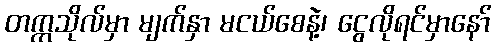
တက္ကသိုလ်မှာ မျက်နှာ မငယ်စေနဲ့၊ ငွေလိုရင်မှာနော်